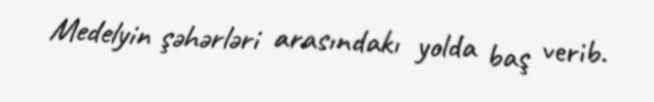
Medelyin şəhərləri arasındakı yolda baş verib.